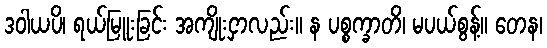
ဒဝါယပိ၊ ရယ်မြူးခြင်း အကျိုးငှာလည်း။ န ပစ္စက္ခာတိ၊ မပယ်စွန့်။ တေန၊